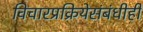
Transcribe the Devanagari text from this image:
विचारप्रक्रियेसंबंधीही